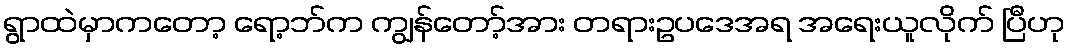
ရွာထဲမှာကတော့ ရော့ဘ်က ကျွန်တော့်အား တရားဥပဒေအရ အရေးယူလိုက် ပြီဟု